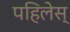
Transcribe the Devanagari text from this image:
पहिलेस्